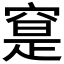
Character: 𥦽